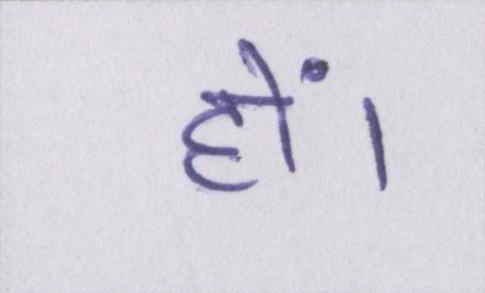
हों।